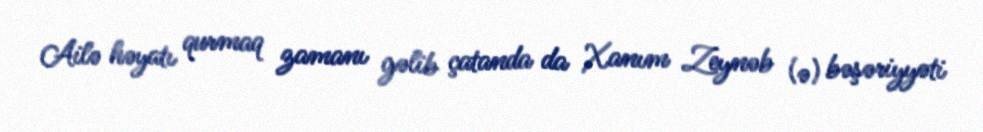
Ailə həyatı qurmaq zamanı gəlib çatanda da Xanım Zeynəb (ə) bəşəriyyəti